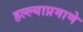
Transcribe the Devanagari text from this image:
हल्ल्याप्रमाणे